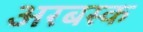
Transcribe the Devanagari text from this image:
अरबस्क